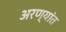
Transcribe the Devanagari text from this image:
अरण्यांत